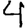
Digit: 4